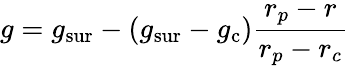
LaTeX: g=g_{\mathrm{sur}}-\left(g_{\mathrm{sur}}-g_{\mathrm{c}}\right)\frac{r_{p}-r}{r_{p}-r_{c}}